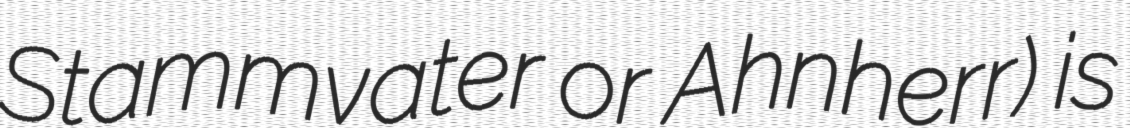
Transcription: Stammvater or Ahnherr) is